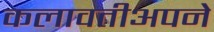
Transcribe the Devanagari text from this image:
कलावतीअपने